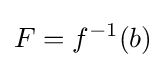
F=f^{-1}(b)